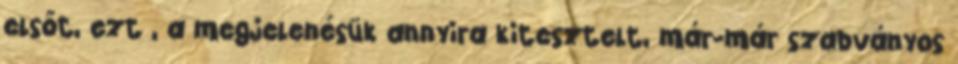
elsőt, ezt , a megjelenésük annyira kitesztelt, már-már szabványos